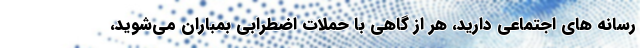
رسانه‌ های اجتماعی دارید، هر از گاهی با حملات اضطرابی بمباران می‌شوید،